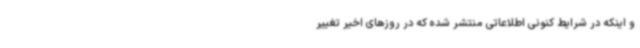
و اینکه در شرایط کنونی اطلاعاتی منتشر شده که در روزهای اخیر تغییر